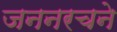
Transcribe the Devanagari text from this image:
जननरचने